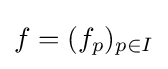
f=(f_{p})_{p\in I}